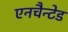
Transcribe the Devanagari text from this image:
एनचैन्टेड